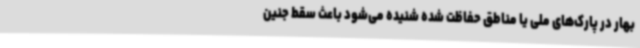
بهار در پارک‌های ملی یا مناطق حفاظت شده شنیده می‌شود باعث سقط جنین